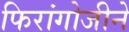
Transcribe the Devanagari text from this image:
फिरांगोजीने